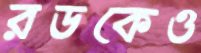
রডকেও